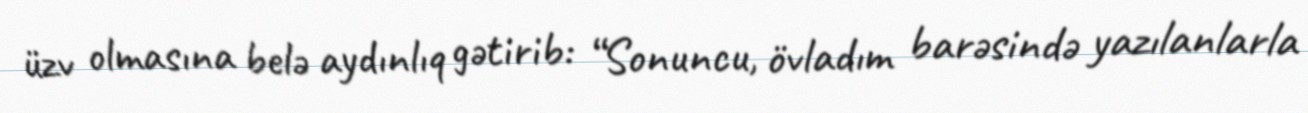
üzv olmasına belə aydınlıq gətirib: “Sonuncu, övladım barəsində yazılanlarla